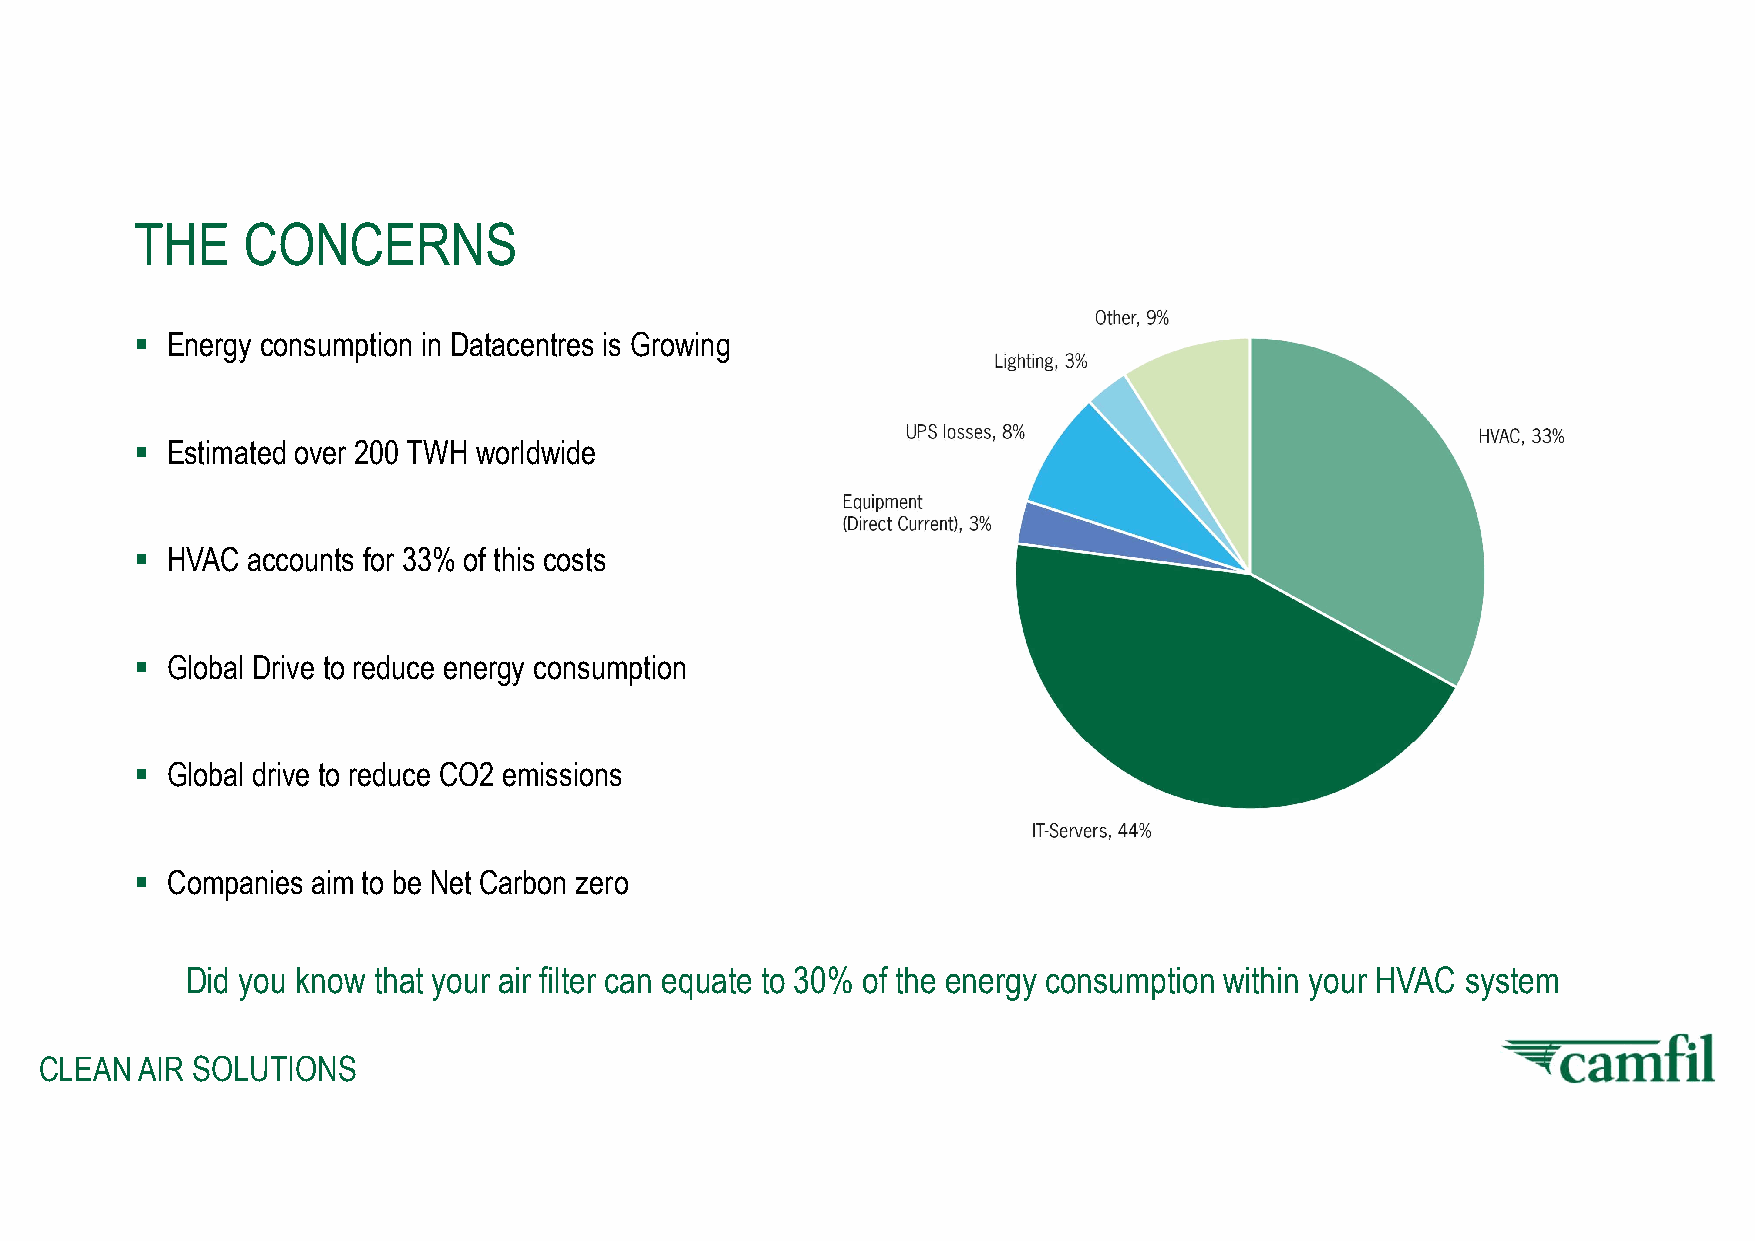
THE    CONCERNS
  Energy consumption in Datacentres is Growing
  Estimated over 200 TWH worldwide
  HVAC accounts for 33% of this costs
  Global Drive to reduce energy consumption
  Global drive to reduce CO2 emissions
  Companies aim to be Net Carbon zero
 Did you know that your air filter can equate to 30% of the energy consumption within your HVAC system
 CLEAN AIR SOLUTIONS